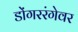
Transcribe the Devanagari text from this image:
डोंगररंगेवर